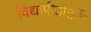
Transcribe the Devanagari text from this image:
विद्यापीठातर्फ़े